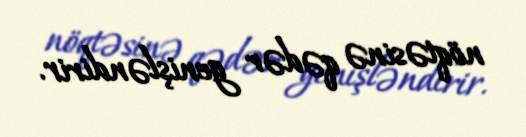
nöqtəsinə qədər genişləndirir.